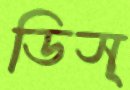
ডিস্